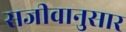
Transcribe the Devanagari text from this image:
सजीवानुसार